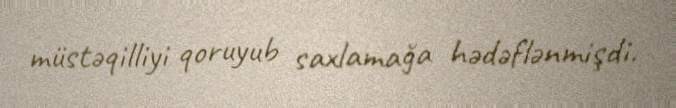
müstəqilliyi qoruyub saxlamağa hədəflənmişdi.